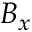
B _ { x }